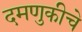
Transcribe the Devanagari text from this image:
दमणुकीचे